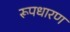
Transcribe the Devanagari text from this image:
रूपधारण